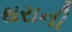
થરાની